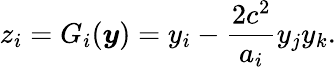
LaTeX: z_{i}=G_{i}(\boldsymbol{y})=y_{i}-\frac{2c^{2}}{a_{i}}y_{j}y_{k}.